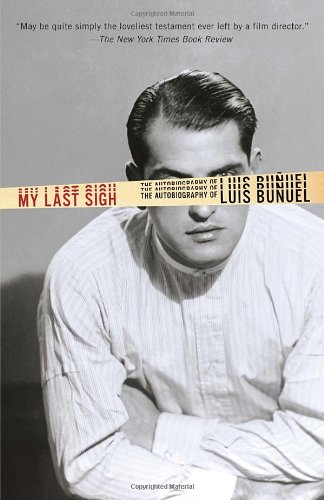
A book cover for My Last Sigh: The Autobiography of Luis Bunuel; Luis Bunuel; Humor & Entertainment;